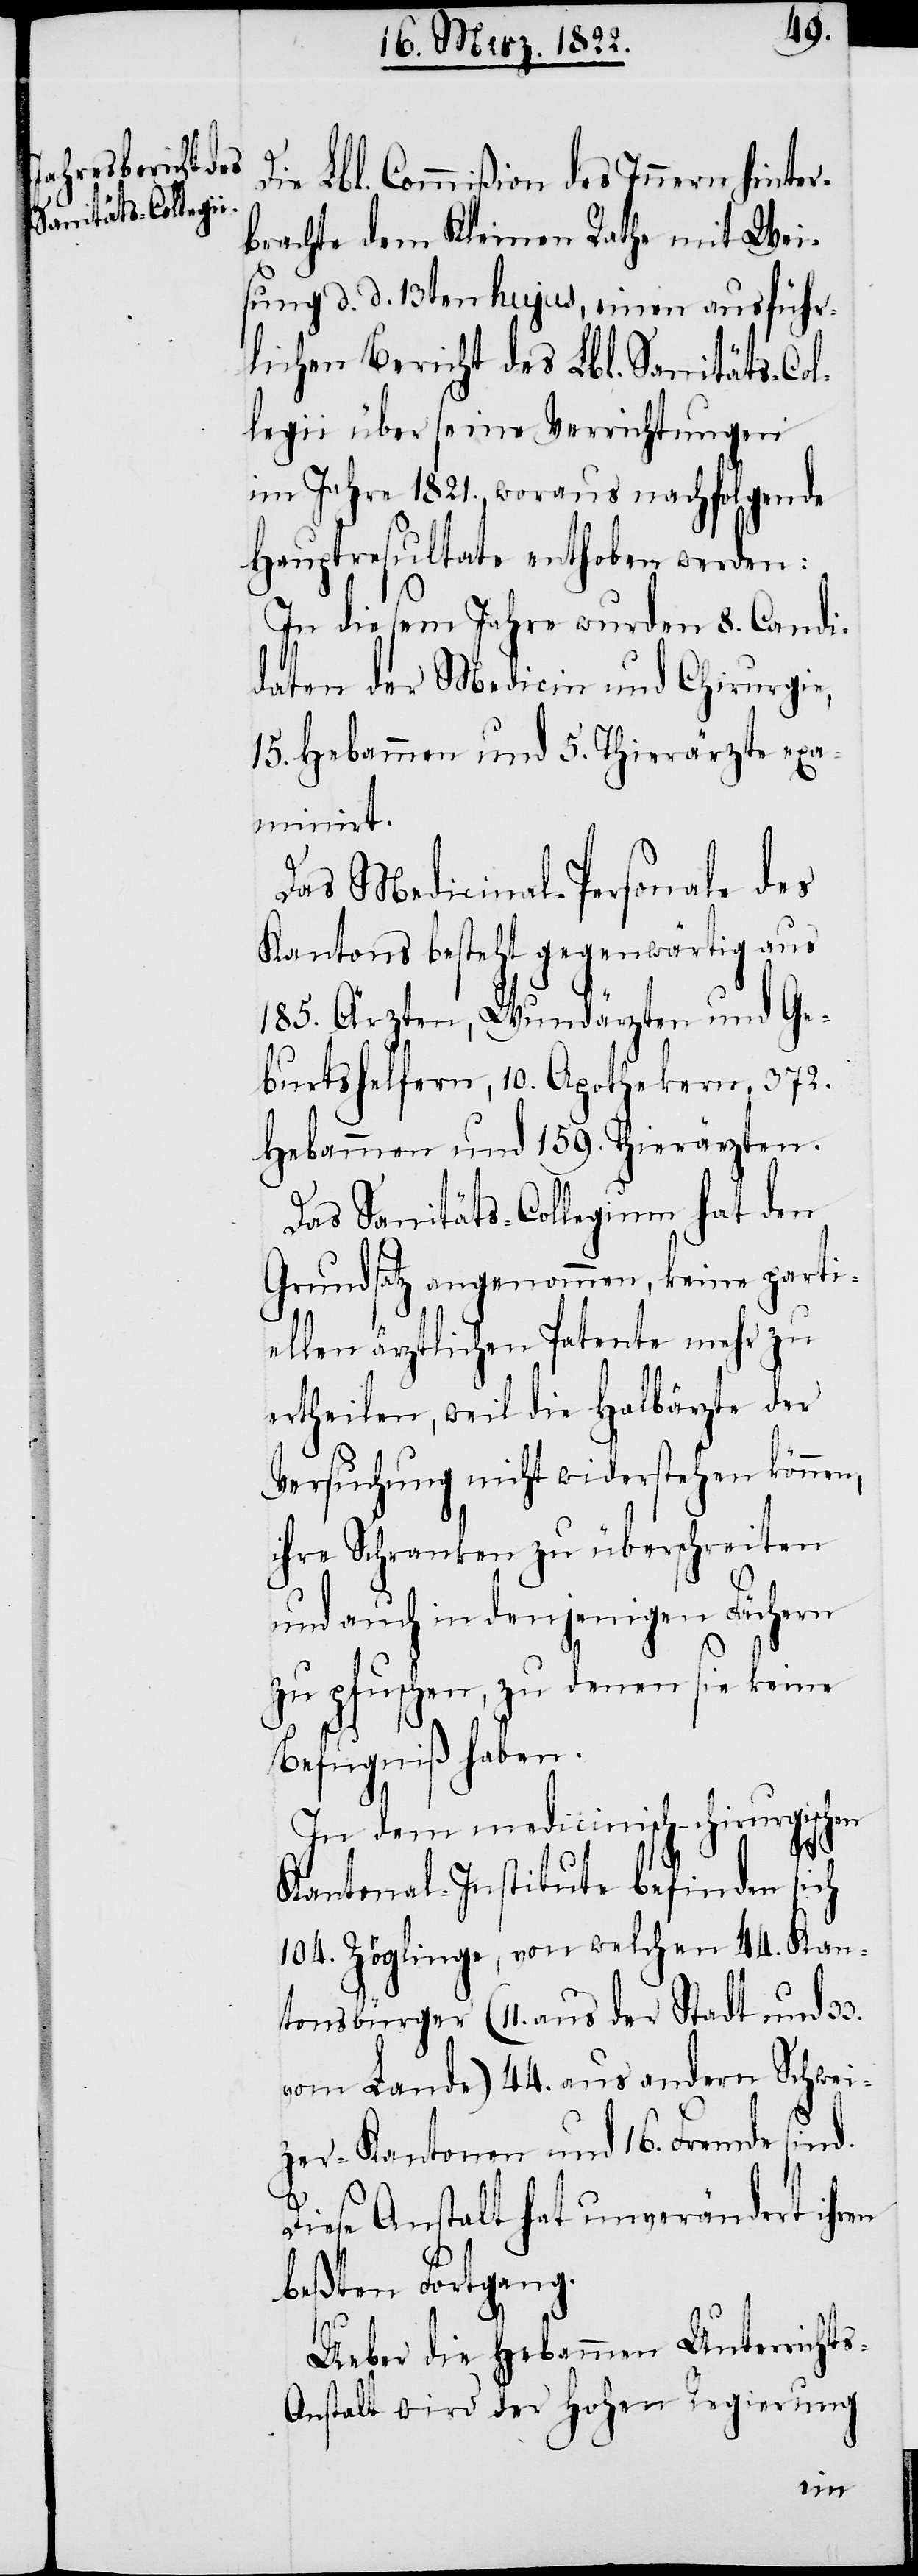
Die Lbl. Commißion des Innern hinter¬
brachte dem Kleinen Rathe mit Wei¬
sung d. d. 13ten hujus, einen ausführ¬
lichen Bericht des Lbl. Sanitäts-Col¬
legii über seine Verrichtungen
im Jahre 1821. woraus nachfolgende
Hauptresultate enthoben werden:
In diesem Jahre wurden 8. Candi¬
daten der Medicin und Chirurgie,
15. Hebammen und 5. Thierärzte exm¬
iniert.
Das Medicinal-Personale des
Kantons besteht gegenwärtig aus
185. Ärzten, Wundärzten und Ge¬
burtshelfern, 10. Apothekern, 372.
Hebammen und 159. Thierärzten.
Das Sanitäts-Collegium hat den
Grundsatz abgenommen, keine parti¬
ellen ärztlichen Patente mehr zu
ertheilen, weil die Halbärzte der
Versuchung nicht widersprechen
ihre Schranken zu überschreiten
und auch in denjenigen Fächern
zu pfuschen, zu denen sie keine
Befugniß haben.
In dem medicinisch-chirurgischen
Kantonal-Institute befinden sich
104. Zöglinge, von welchen 44. Kan¬
tonsbürger (11. aus der Stadt und 33.
vom Lande) 44. aus andern Schwei¬
zer-Kantonen und 16. Fremde sind.
Diese Anstalt hat unverändert ihren
beßten Fortgang.
s-A¬
Ueber die Hebammen Unterricht¬
nstalt wird der hohen Regierung